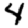
Digit: 4